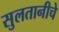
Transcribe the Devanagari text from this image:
सुलतानीचे